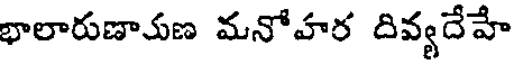
భాలారుణాుణ మనోహర దివ్యదేహే